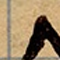
٨